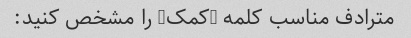
مترادف مناسب کلمه "کمک" را مشخص کنید: